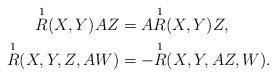
LaTeX: \begin{align*}\overset{1}{R} (X,Y)AZ & = A\overset{1}{R} (X,Y)Z, \\\overset{1}{R} (X,Y,Z,AW) & = - \overset{1}{R} (X,Y,AZ,W).\end{align*}